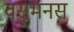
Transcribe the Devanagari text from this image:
वसुमनस